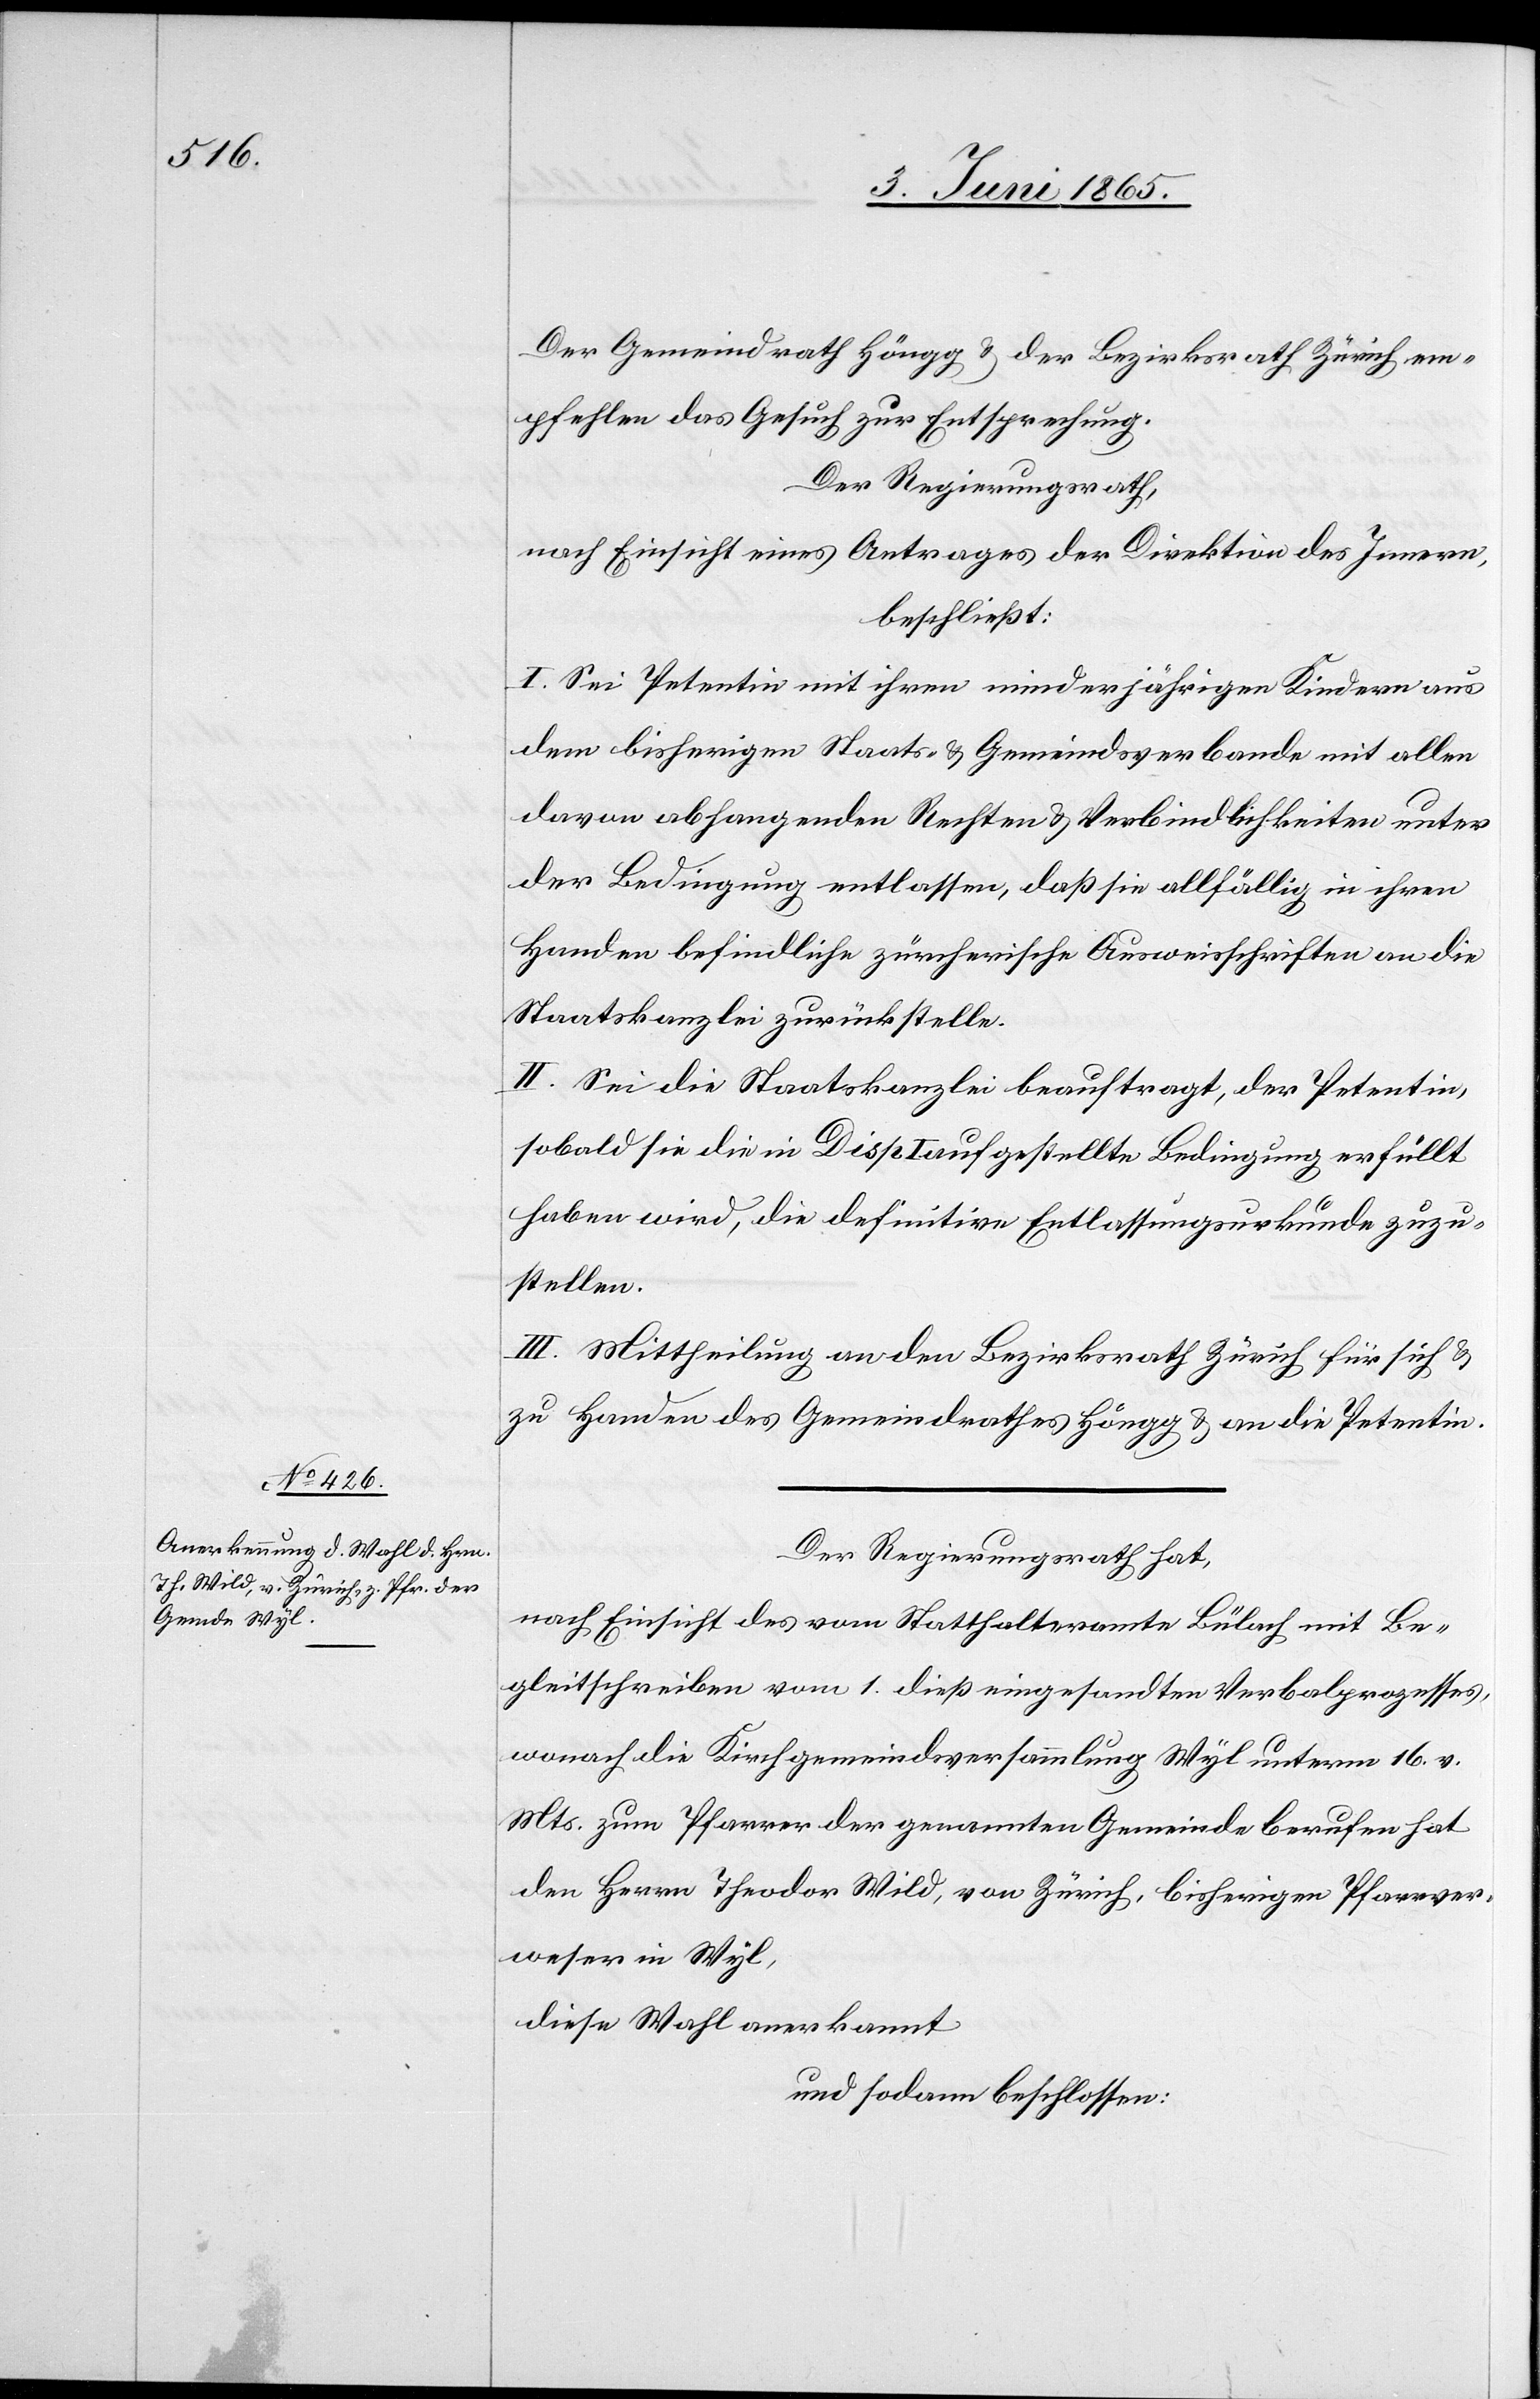
Der Gemeindrath Höngg & der Bezirksrath Zürich em¬
pfehlen das Gesuch zur Entsprechung.
Der Regierungsrath,
nach Einsicht eines Antrages der Direktion des Innern,
beschließt:
I. Sei Petentin mit ihren minderjährigen Kindern aus
dem bisherigen Staats- & Gemeindsverbande mit allen
davon abhangenden Rechten & Verbindlichkeiten unter
der Bedingung entlassen, daß sie allfällig in ihren
Handen befindliche zürcherische Ausweisschriften an die
Staatskanzlei zurückstelle.
II. Sei die Staatskanzlei beauftragt, der Petentin,
sobald sie die in Disp I aufgestellte Bedingung erfüllt
haben wird, die definitive Entlassungsurkunde zuzu¬
stellen.
III. Mittheilung an den Bezirksrath Zürich für sich &
zu Handen des Gemeindrathes Höngg & an die Petentin.
Der Regierungsrath hat,
nach Einsicht des vom Statthalteramte Bülach mit Be¬
gleitschreiben vom 1. dieß eingesandten Verbalprozesses,
wonach die Kirchgemeindsversammlung Wyl unterm 16. v.
Mts. zum Pfarrer der genannten Gemeinde berufen hat
den Herrn Theodor Wild, von Zürich, bisherigen Pfarrver¬
weser in Wyl,
diese Wahl anerkannt
und sodann beschlossen: